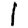
Digit: 1